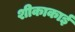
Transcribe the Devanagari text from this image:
शीकाकाई